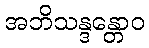
အဘိသန္ဒန္တောဝ